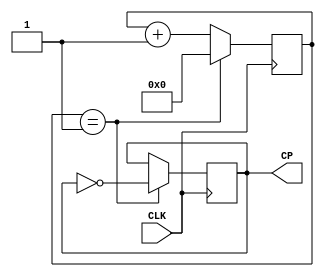
module FreqDiv(
    input CLK,
    output CP
    );
    reg[31:0] count = 0;
    reg CP=0;
    parameter [31:0] NUM=1;
    always @(posedge CLK) 
    begin
        if(count == NUM)
        begin
            count <= 0;
            CP <= ~CP;
        end
        else
            count <= count + 1;
    end
    
endmodule